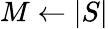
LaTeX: M\gets|S|